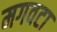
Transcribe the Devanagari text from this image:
मगवटा